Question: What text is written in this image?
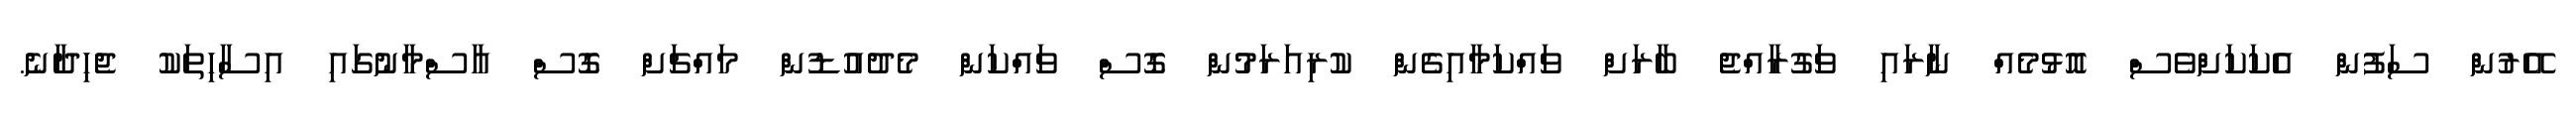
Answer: އޭރުން ސަފުން އެކަކަށްވެސް އޮޅުމެއް ނާރައި ވަގުރާއްޖެ ބާރަށް ވައްކަމާއިގެން ކުރިއަރަމުން ގޮސް ވައްކަން މެދުއުޑުން މައްޗަށް ގޮސް އާސްމާނުގައި އިސާހިތަކު ޖެހިދާނެ.